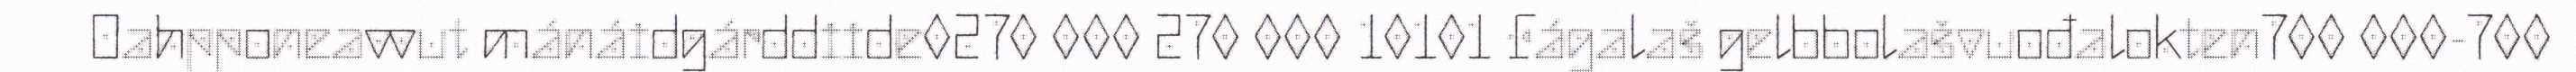
Oahpponeavvut mánáidgárddiide0270 000 270 000 10101 Fágalaš gelbbolašvuođalokten700 000-700